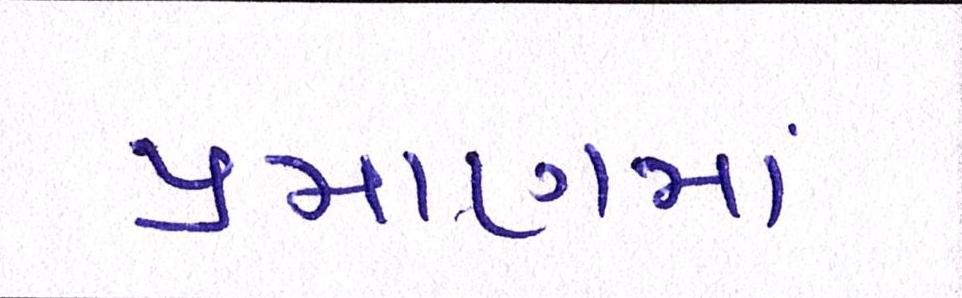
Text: પ્રમાણમાં